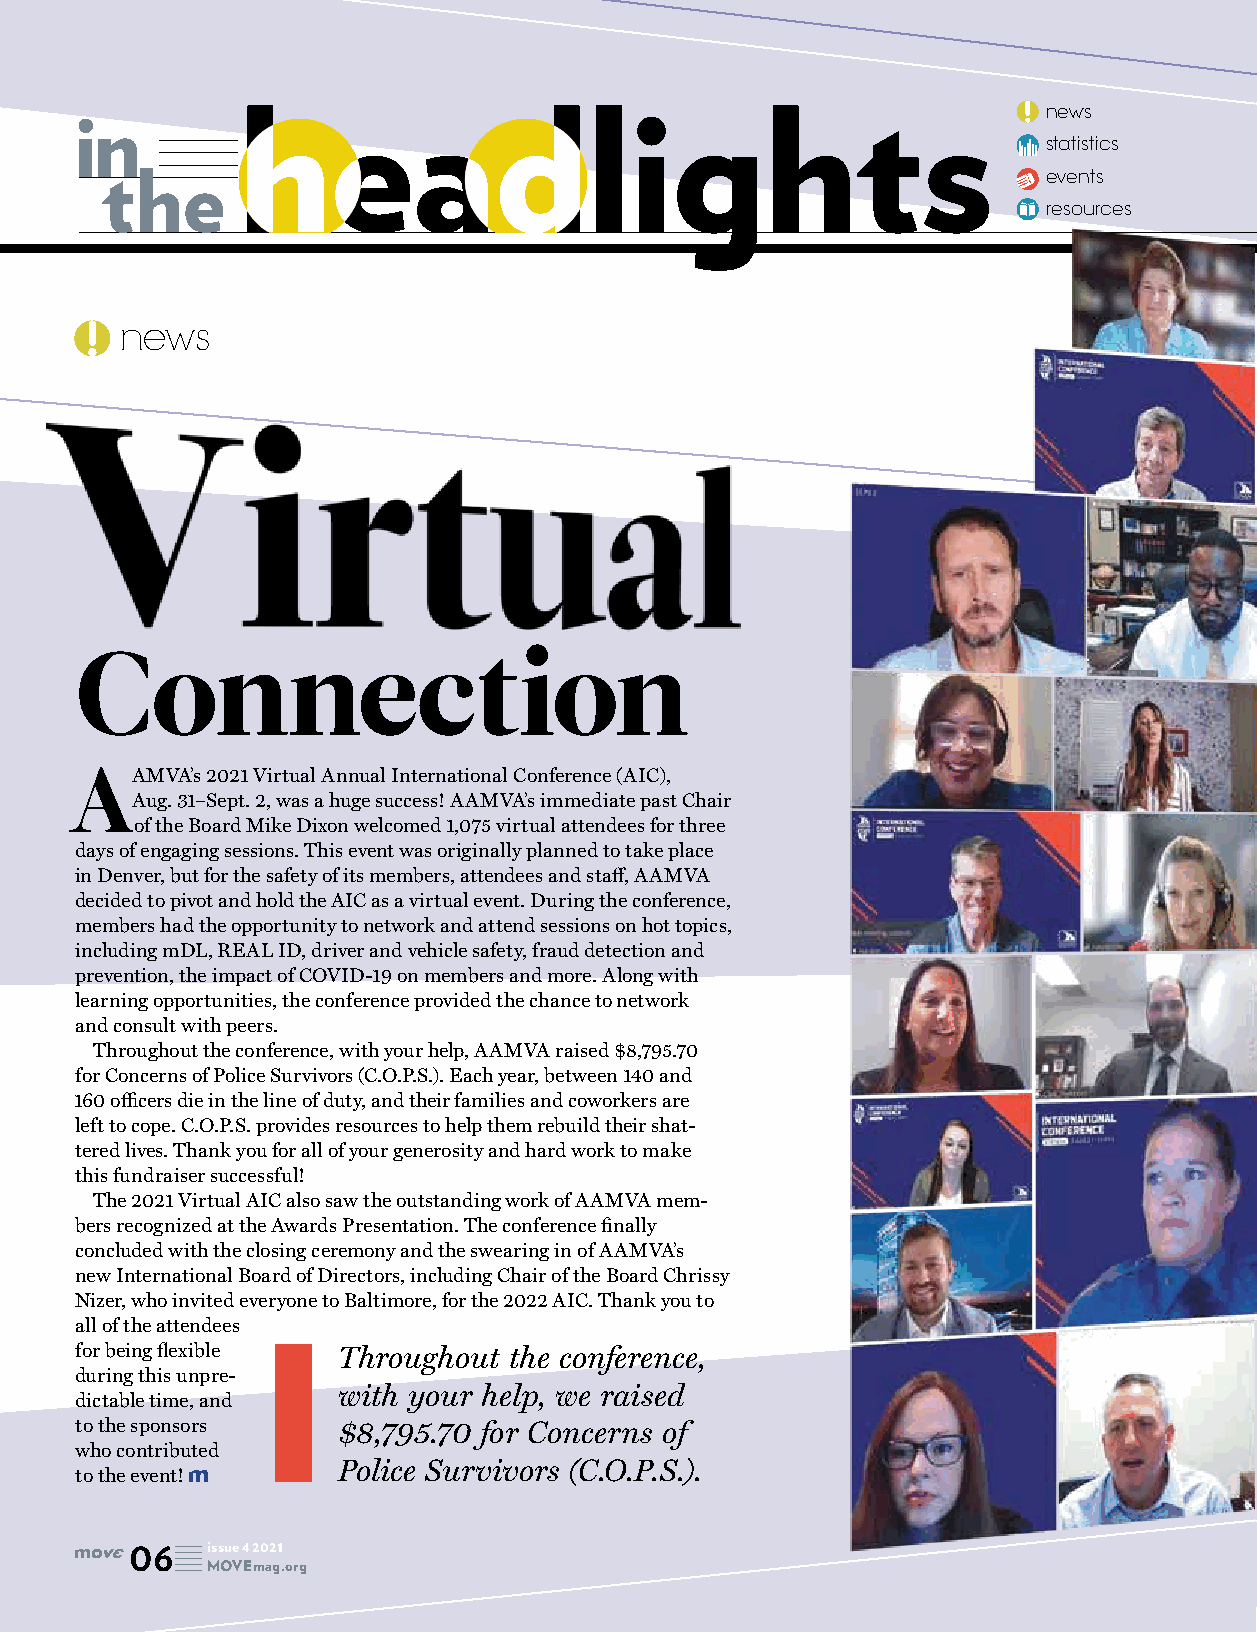
news
 in         headlights
 statistics
 events
 the
 resources
 news
 Connection
 AAMVA’s  2021 Virtual Annual International Conference (AIC),
 Aug. 31–Sept. 2, was a huge success! AAMVA’s immediate past Chair
 of the Board Mike Dixon welcomed 1,075 virtual attendees for three
 days of engaging sessions. This event was originally planned to take place
 in Denver, but for the safety of its members, attendees and staff, AAMVA
 decided to pivot and hold the AIC as a virtual event. During the conference,
 members had the opportunity to network and attend sessions on hot topics,
 including mDL, REAL ID, driver and vehicle safety, fraud detection and
 prevention, the impact of COVID-19 on members and more. Along with
 learning opportunities, the conference provided the chance to network
 and consult with peers.
 Throughout the conference, with your help, AAMVA raised $8,795.70
 for Concerns of Police Survivors (C.O.P.S.). Each year, between 140 and
 160 officers die in the line of duty, and their families and coworkers are
 left to cope. C.O.P.S. provides resources to help them rebuild their shat-
 tered lives. Thank you for all of your generosity and hard work to make
 this fundraiser successful!
 The 2021 Virtual AIC also saw the outstanding work of AAMVA mem-
 bers recognized at the Awards Presentation. The conference finally
 concluded with the closing ceremony and the swearing in of AAMVA’s
 new International Board of Directors, including Chair of the Board Chrissy
 Nizer, who invited everyone to Baltimore, for the 2022 AIC. Thank you to
 all of the attendees
 for being flexible Throughout the conference,
 during this unpre-
 with your help, we raised
 dictable time, and
 to the sponsors  $8,795.70 for Concerns of
 who contributed
 Police Survivors (C.O.P.S.).
 to the event!
 06   issue 4 2021
 MOVEmag.org